Annual statistical returns and brief notes on vaccination in Bengal - 1887-1898
Year: 1887
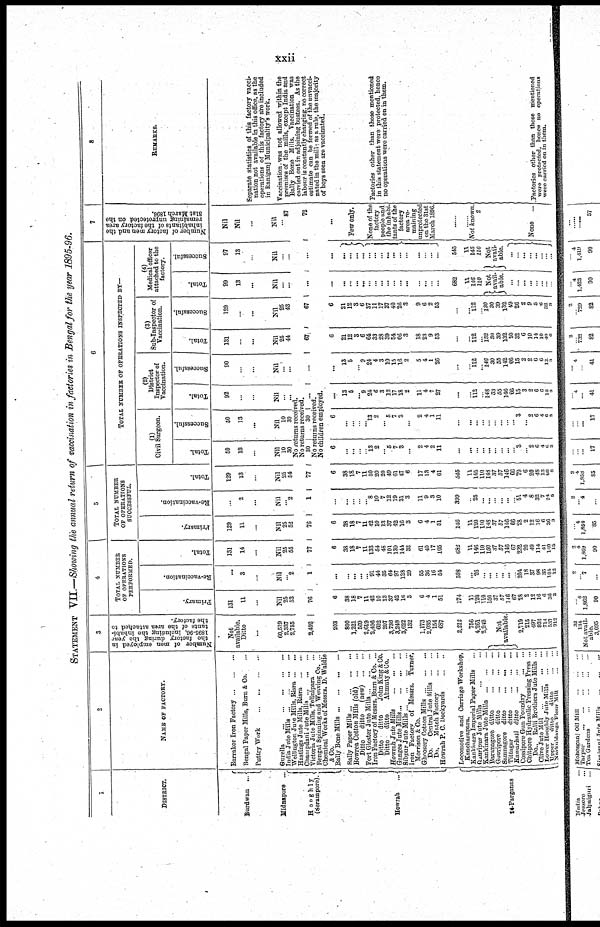
xxii
STATEMENT VII.—Showing the annual return of vaccination in factories in Bengal for the year 1895-96.
1
DISTRICT.
Burdwan
...
Midnapore ...
Hooghly
(Serampore).
Howrah ...
24-Parganas
2
NAME OF FACTORY.
Barrakor Iron Factory ... ... ...
Bengal Paper Mills, Barn & Co. ...
Puttry Work
...
...
...
...
Gurella
...
...
...
...
...
India Jute Mills ... ... ... ... ...
Wellington Jure Mills, Risra ... ...
Hastings Jute Mills, Risra
...
...
Champdani Jute Mills ... ...
Victoria Jute Mills, Telinipara ...
Bengal Spinning and Weaving Co. ...
Chemical Works of Messrs. D. Waldie
&Co.
Bally Bone Mills ... ... ... ...
Rally Paper Mills ... ... ... ...
Bowrea Cotton Mills (old) ... ...
Ditto
ditto
(new) ... ...
Fort Gloster Jute Mills ... ... ...
Iron Factory of Messrs. Burn & Co. ...
Ditto
ditto
John King & Co.
Ditto
ditto
Ahmuty & Co.
Howrah Jute Mills
...
...
...
Ganges Jute Mills ... ... ... ...
Sibpur Jute Mills ... ... ... ...
Iron Factory of Messrs. Turner,
Morrison & Co.
Ghoosery Cotton Mills ... ... ...
Do.
Central Jute Mills ... ...
Do.
Match Factory
...
...
Howrah P. C. Dockyards
...
...
Locomotive and Carriage Workshop,
Kancharapara.
Kankinara Imperial Paper Mills ...
Ganripur Jute Mills ... ...
Kankinara Jute Mills ... ... ...
Baranagore ditto
...
...
...
Gouripore ditto
...
...
...
Samnagore ditto
...
...
...
Tittagar
ditto
...
...
...
Kamarhati ditto
...
...
...
Cossipore Gun Foundry
...
...
Chitpore Hydraulic Pressing Press ...
Do.. Ralli Brothers Jute Mills ...
Clive Jute Mill
...
...
...
...
Lower Hooghly Jute Mills
...
...
Upper
ditto
ditto
...
...
Narkuldanga Flour Mill
...
...
3
Number of men employed in
the factory during the year
1895-96, including the inhabi-
tants of the area attached to
the factory.
Not
available.
Ditto
...
60,519
2,337
2,755
4
TOTAL NUMBER
OF OPERATIONS
PERFORMED.
Primary.
131
11
...
Nil
25
53
Re-vaccination.
...
3
...
Nil
... 2
Total.
131
14
...
Nil
25
55
5
TOTAL NUMBER
OF OPERATIONS
SUCCESSFUL.
Primary.
129
11
...
Nil
25
52
Re-vaccination.
...
2
...
Nil
... 2
Total.
129
13
...
Nil
25
54
6
TOTAL NUMBER OF OPERATIONS INSPECTED BY—
(1)
Civil Surgeon.
Total.
50
13
...
Nil
10
30
Successful.
50
13
...
Nil
10
30
(2)
District
Inspector of
Vaccination.
Total.
92
...
...
Nil
... ...
Successful
90
...
...
Nil
...
...
(3)
Sub-Inspector of
Vaccination.
Total.
131
...
...
Nil
25
44
Successful.
129
...
...
Nil
25
43
(4)
Medical officer
attached to the
factory.
Total.
99
13
...
Nil
...
...
Successful.
97
13
...
Nil
...
...
7
Number of factory men and the
inhabitants of the factory area
remaining unprotected on the
81st March 1896.
Nil
Nil
...
Nil
...
87
No returns received.
No returns received.
2,492
76
1
77
76
1
77
30
30
...
...
67
67 ...
...
72
No returns received.
No children employed.
203
800
1,221
569
2,619
2,406
602
207
3,736
3,248
3,622
132
1,173
2,035
154
687
2,212
756
4,261
2,949
Not
available.
2,719
215
497
932
714
537
912
6
38
18
7
11
42
10
13
37
42
16
3
6
4
1
51
174
11
120
110 150
37
57
146
67
28
2
12
16
6
36
3
...
...
...
...
... 91
44
35
64
97
128
29
55
36
16
54
508
... 26
...
...
...
...
...
...
204 18
37
98
35
104
12
6
38
18
7
11
133
54
48
101
139
144
32
61
40
17
105
682
11
146
110
150
37
57
146
67
232
20
49
114
41
140
15
6
38
18
7
11
42
10
13
37
42
16
3
6
4
1
51
146
11
120
110 148
37
57
146
66
28
2
12
16
6
36
3
...
...
...
...
... 8
10
7
12
19
31
3
11
9
3
10
399
...
25
...
...
...
...
...
...
51
4
8
32
7
24
5
6
38
18
7
11
50
20
20
49
61
47
6
17
13
4
61
545
11
145
110
148
37
57
146
66
79
6
20
48
13
60
8
6
...
...
...
... 13 2
...
5
7
3
...
2
4
2
11
...
...
...
...
...
...
...
...
...
3
...
2
6
4 2 3
6
...
...
...
... 13
2
...
5
7
3
...
2
4
1
11
...
...
...
...
...
...
...
...
...
3
... 2
6
4
6
3
...
13
5
... 9
24
6
3
12
17
18
2
11
4
7
27
...
...
112
...
148
33
55
146
66
15
3
2
6
6
10
3
...
13
5
... 9
24
4
3
10
15
16
2
5
4
1
26
...
...
112
...
146
30
55
142
66
15
2
2
6
6
12
3
6
21
12
3
6
64
33
28
39
54
66
3
18
23
9
53
...
...
112
...
132
30
39
132
50
32
6
10
14
10
40
6
6
21
12
3
6
37
11
17
37
40
26
3
9
6
2
53
...
...
112
...
130 30
39
132
49
26
2
9
5
6
32
3
...
...
...
...
...
...
...
...
...
...
...
...
...
...
...
...
682
11
146
110
Not
avail-
able.
...
...
... ...
...
...
...
...
...
...
...
...
... ...
...
...
...
...
...
...
...
...
...
...
545
11
145
110
Not
avail-
able.
...
...
... ...
...
...
...
...
...
Few only.
None of the
factory
people and
the inhabi-
tants of the
factory
area re-
maining
unprotected
on the 31st
March 1896.
......
......
Not known.
2
None ...
8
REMARKS.
Separate statistics of this factory vacci-
nation not available in this office, as the
operations of this factory are included
in Raniganj Municipality's work.
Vaccination. was not allowed within the
premises of the mills, except India and
Bally Bone Mills. Vaccination was
carried out in adjoining bustees. As the
labour is constantly changing, no correct
estimate can be formed of the unvacci-
nated in the mill. as a rule, the majority
of boys seen are vaccinated.
Factories other than those mentioned
in this statement were protected, hence
no operations were carried on in them.
Factories other than those mentioned
were protected, honce no operations
were carried on in them.